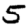
Digit: 5